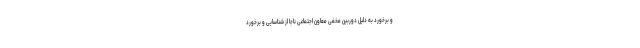
و برخورد به دلیل دوربین مخفی معاون اجتماعی ناجا از شناسایی و برخورد